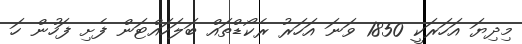
މިދިޔަ އަހަރަކީ 1850 ވަނަ އަހަރު ރެކޯޑްތައް ބަލަހައްޓަން ފެށި ފަހުން ހަ